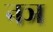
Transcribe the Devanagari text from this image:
नञ